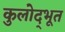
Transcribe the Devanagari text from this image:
कुलोद्‌भूत